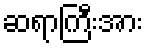
ဆရာကြီးအား